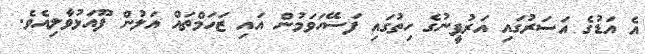
އެ އަޑުގެ އަސަރުގައި އަރުފީނުގެ ހިތުގައި ފަސޭހަވަމުން އައި ޒަހަމްތައް އަލުން ފޫއަޅުވާލިއެވެ.